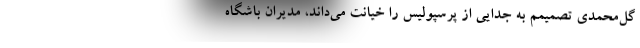
گل‌محمدی تصمیمم به جدایی‌ از پرسپولیس را خیانت می‌داند، مدیران باشگاه